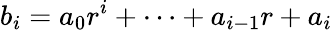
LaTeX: b_{i}=a_{0}r^{i}+\cdots+a_{i-1}r+a_{i}